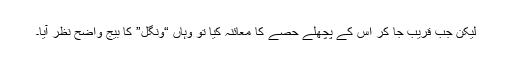
لیکن جب قریب جا کر اس کے پچھلے حصے کا معائنہ کیا تو وہاں “ونگل” کا بیج واضح نظر آیا۔